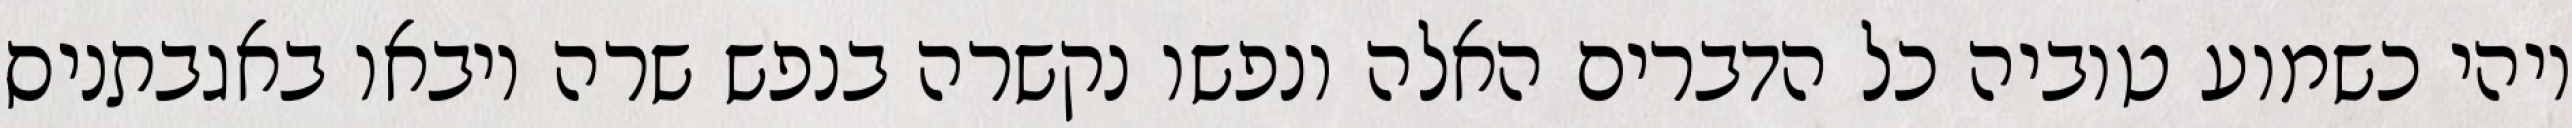
ויהי כשמוע טוביה כל הדברים האלה ונפשו נקשרה בנפש שרה ויבאו באגבתניס